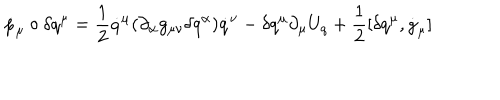
LaTeX: \dot { p } _ { \mu } \circ \delta q ^ { \mu } = \frac { 1 } { 2 } \dot { q } ^ { \mu } ( \partial _ { \alpha } g _ { \mu \nu } \delta q ^ { \alpha } ) \dot { q } ^ { \nu } - \delta q ^ { \mu } \partial _ { \mu } U _ { q } + \frac { 1 } { 2 } [ \delta q ^ { \mu } , \dot { g } _ { \mu } ]